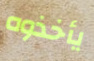
يأخذوه